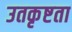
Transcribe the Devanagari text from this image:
उतकृष्टता